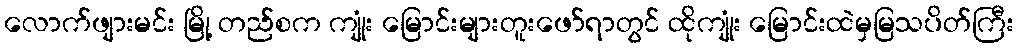
လောက်ဖျားမင်း မြို့ တည်စက ကျုံး မြောင်းများတူးဖော်ရာတွင် ထိုကျုံး မြောင်းထဲမှမြသပိတ်ကြီး